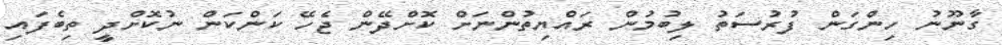
ގާނޫނު ހިންގަން ފުރުސަތު ލިބުމުން ރައްޔިތުންނަށް ކޮށްދޭން ޖެހޭ ކަންކަން ނުކޮށްދީ ތިބެފައި